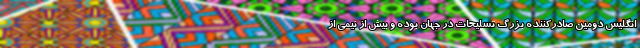
انگلیس دومین صادرکننده بزرگ تسلیحات در جهان بوده و بیش از نیمی از